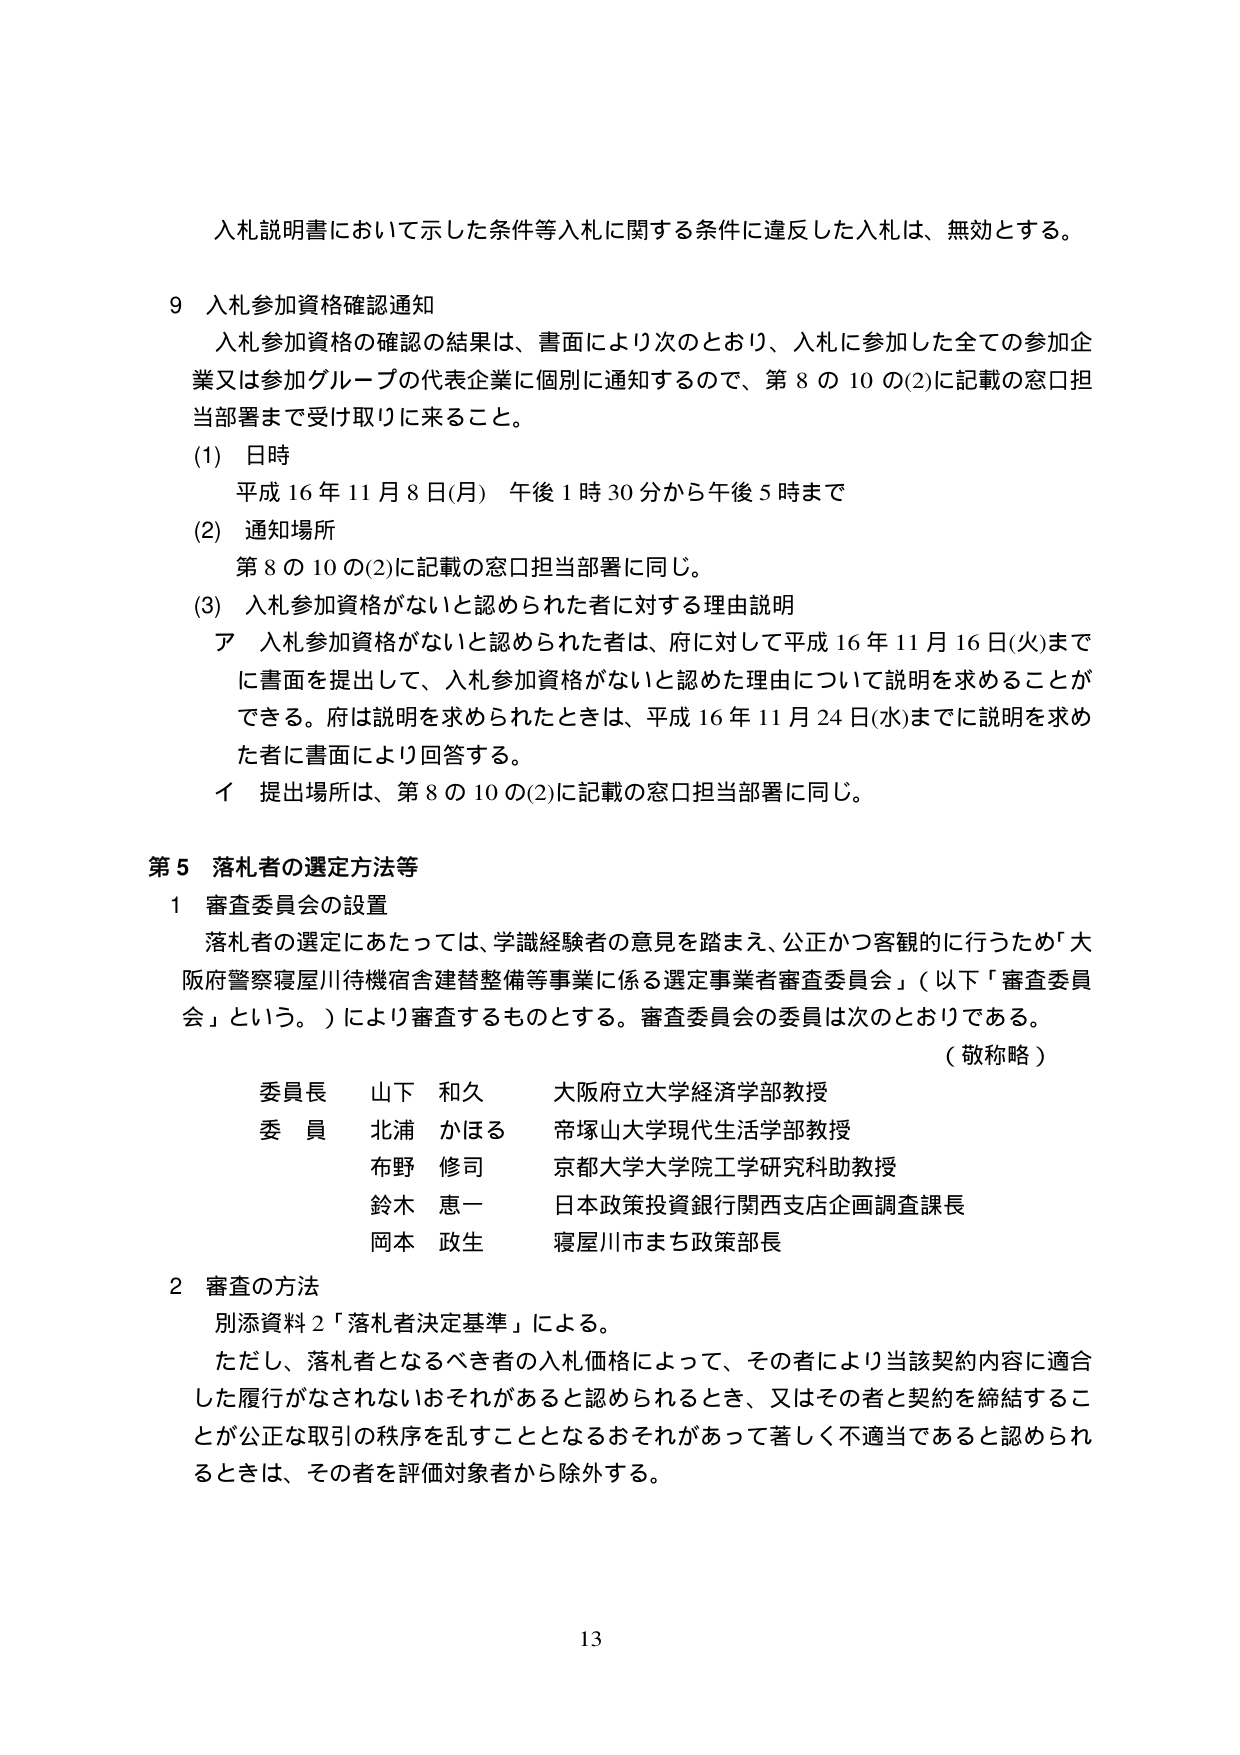
入札説明書において示した条件等入札に関する条件に違反した入札は、無効とする。

9 入札参加資格確認通知
　入札参加資格の確認の結果は、書面により次のとおり、入札に参加した全ての参加企業又は参加グループの代表企業に個別に通知するので、第8の10の(2)に記載の窓口担当部署まで受け取りに来ること。
　(1) 日時
　　　平成16年11月8日(月) 午後1時30分から午後5時まで
　(2) 通知場所
　　　第8の10の(2)に記載の窓口担当部署に同じ。
　(3) 入札参加資格がないと認められた者に対する理由説明
　　　ア 入札参加資格がないと認められた者は、府に対して平成16年11月16日(火)までに書面を提出して、入札参加資格がないと認めた理由について説明を求めることができる。府は説明を求められたときは、平成16年11月24日(水)までに説明を求めた者に書面により回答する。
　　　イ 提出場所は、第8の10の(2)に記載の窓口担当部署に同じ。

第5 落札者の選定方法等
　1 審査委員会の設置
　　　落札者の選定にあたっては、学識経験者の意見を踏まえ、公正かつ客観的に行うため「大阪府警察寝屋川待機宿舎建替整備等事業に係る選定事業者審査委員会」（以下「審査委員会」という。）により審査するものとする。審査委員会の委員は次のとおりである。
　　　　　　　　　　　　　　　　　　　　　　　　　　　　　　　　　　　（敬称略）
　　　委員長　山下 和久　　　大阪府立大学経済学部教授
　　　委員　北浦 かほる　　　帝塚山大学現代生活学部教授
　　　　　　布野 修司　　　　京都大学大学院工学研究科助教授
　　　　　　鈴木 恵一　　　　日本政策投資銀行関西支店企画調査課長
　　　　　　岡本 政生　　　　寝屋川市まち政策部長

　2 審査の方法
　　　別添資料2「落札者決定基準」による。
　　　ただし、落札者となるべき者の入札価格によって、その者により当該契約内容に適合した履行がなされないおそれがあると認められるとき、又はその者と契約を締結することが公正な取引の秩序を乱すこととなるおそれがあって著しく不適当であると認められるときは、その者を評価対象者から除外する。

13